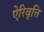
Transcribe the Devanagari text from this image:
ऐरिवृत्ति